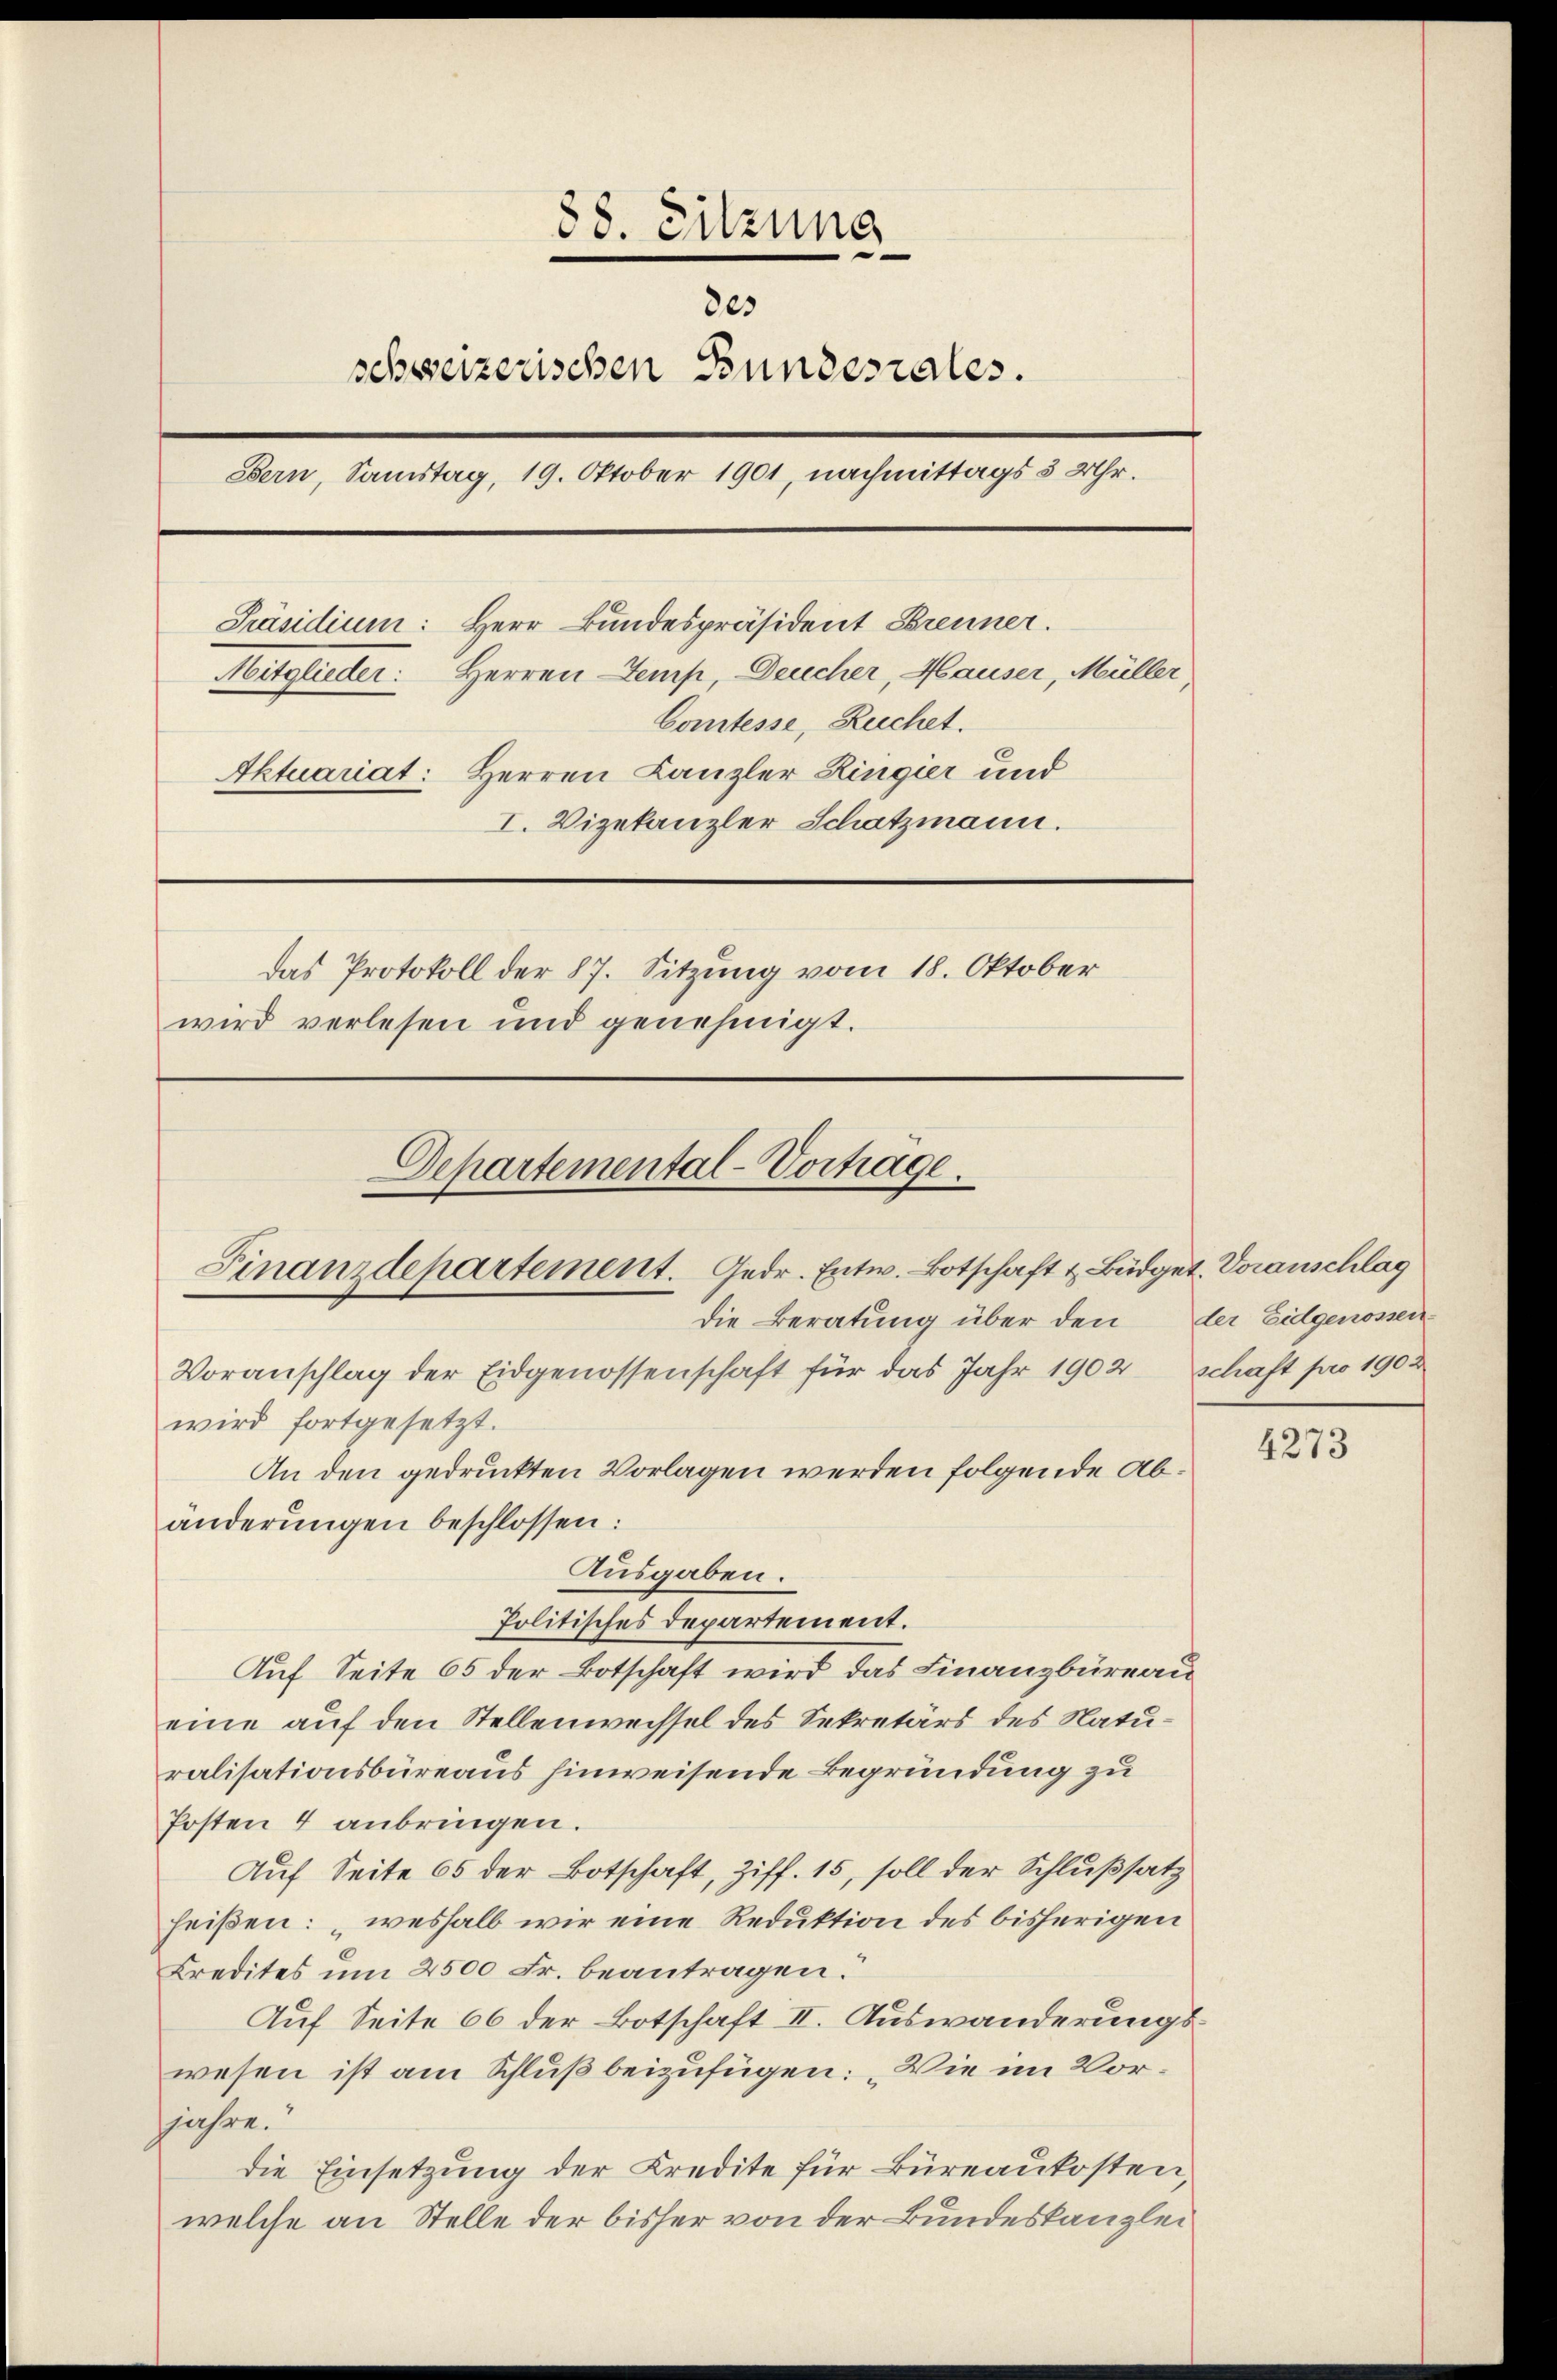
88. Sitzung
des
schweizerischen Bundesrales.
Bern, Samstag, 19. Oktober 1901, nachmittags 3 Uhr.
Präsidium: Herr Bundespräsident Brenner.
Mitglieder: Herren Temp, Deucher, Hauser, Müller
Comtesse, Ruchet.
Aktuariat: Herren Kanzler Ringier und
I. Vizekanzler Schatzmann.
Das Protokoll der 87. Sitzung vom 18. Oktober
wird verlesen und genehmigt.

Ausgaben.
Politisches Departement.
Auf Seite 65 der Botschaft wird das Finanzbüreau
eine auf den Stellenwechsel des Sekretärs des Naturalisationsbüreaus hinweisende Begründung zu
Posten 4 anbringen.
Auf Seite 65 der Botschaft, Ziff. 15, soll der Schlußsatz
heißen: „weshalb wir eine Reduktion des bisherigen
Kredites um 2500 Fr. beantragen.
Auf Seite 66 der Botschaft II. Auswanderungswesen ist am Schluß beizufügen: „Wie im Vorjahre.
die Einsetzung der Kredite für Büreaukosten,
welche an Stelle der bisher von der Bundeskanzlei

Departemental-Vortrage.
Finanzdepartement. Gedr. Entw. Botschaft & Büdget. Voranschlag
die Beratung über den
Voranschlag der Eidgenossenschaft für das Jahr 1902 schaft pro 1902
wird fortgesetzt.
An den gedruckten Vorlagen werden folgende Abänderungen beschlossen:

der Eidgenossen

4273